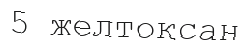
5 желтоқсан